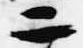
二